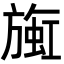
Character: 𬀒